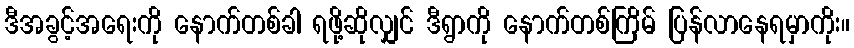
ဒီအခွင့်အရေးကို နောက်တစ်ခါ ရဖို့ဆိုလျှင် ဒီရွာကို နောက်တစ်ကြိမ် ပြန်လာနေရမှာကိုး။